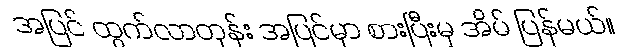
အပြင် ထွက်လာတုန်း အပြင်မှာ စားပြီးမှ အိမ် ပြန်မယ်။